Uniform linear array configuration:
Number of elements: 48
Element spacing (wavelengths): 0.25
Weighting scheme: hann
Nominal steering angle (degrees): -15
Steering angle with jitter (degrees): -13.402
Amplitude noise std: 0.05
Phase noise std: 0.05

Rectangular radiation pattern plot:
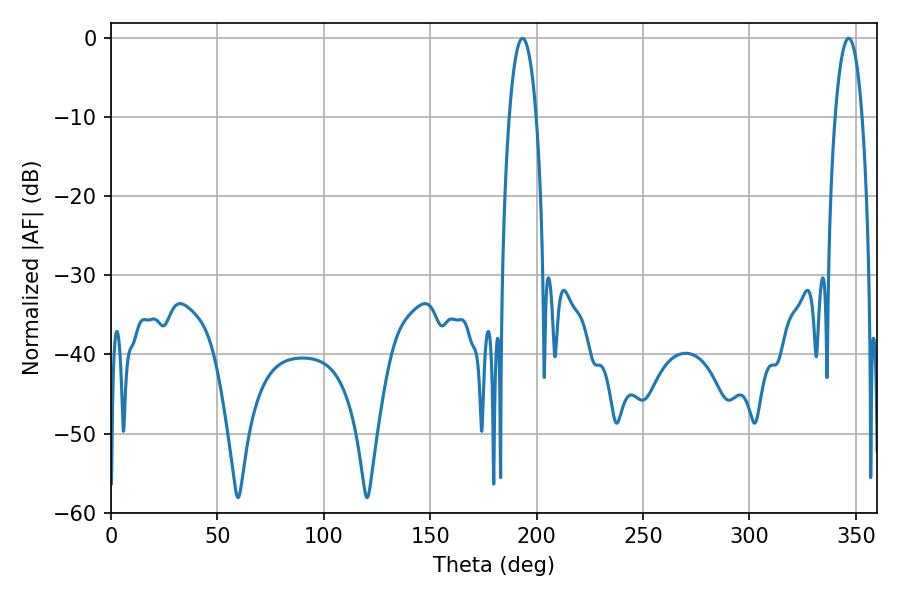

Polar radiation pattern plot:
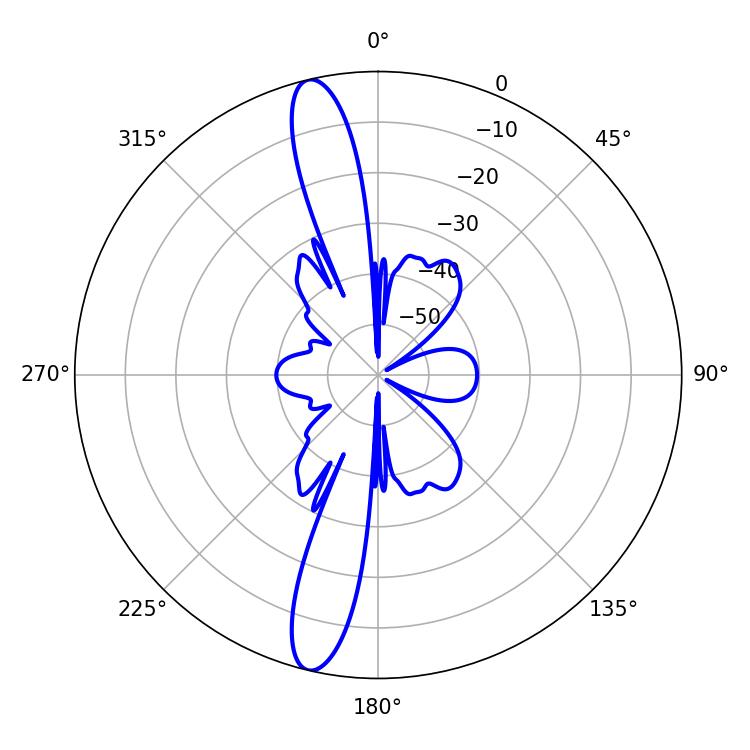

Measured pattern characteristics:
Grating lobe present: FALSE
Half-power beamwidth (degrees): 7.02
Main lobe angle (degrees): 193.32